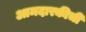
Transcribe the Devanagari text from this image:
आमदारकीची